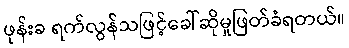
ဖုန်းခ ရက်လွန်သဖြင့်ခေါ်ဆိုမှုဖြတ်ခံရတယ်။